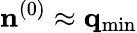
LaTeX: {\mathbf n}^{(0)}\approx{\mathbf q}_{\mathrm{min}}